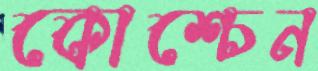
কোশ্চেন